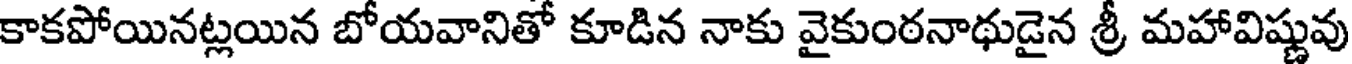
కాకపోయినట్లయిన బోయవానితో కూడిన నాకు వైకుంఠనాథుడైన శ్రీ మహావిష్ణువు